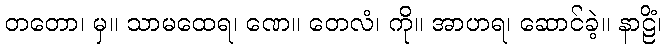
တတော၊ မှ။ သာမထေရ၊ ဏေ။ တေလံ၊ ကို။ အာဟရ၊ ဆောင်ခဲ့။ နာဠိံ၊